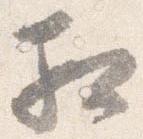
相